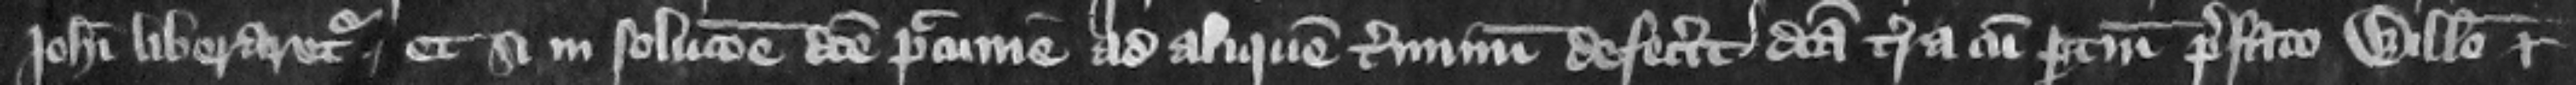
Johanni liberaretur et si in solucione dicte peccunie ad aliquem terminum defecerit dicta terra cum pertinenciis prefato Willelmo et